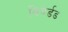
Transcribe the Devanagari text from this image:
बियेर्डड